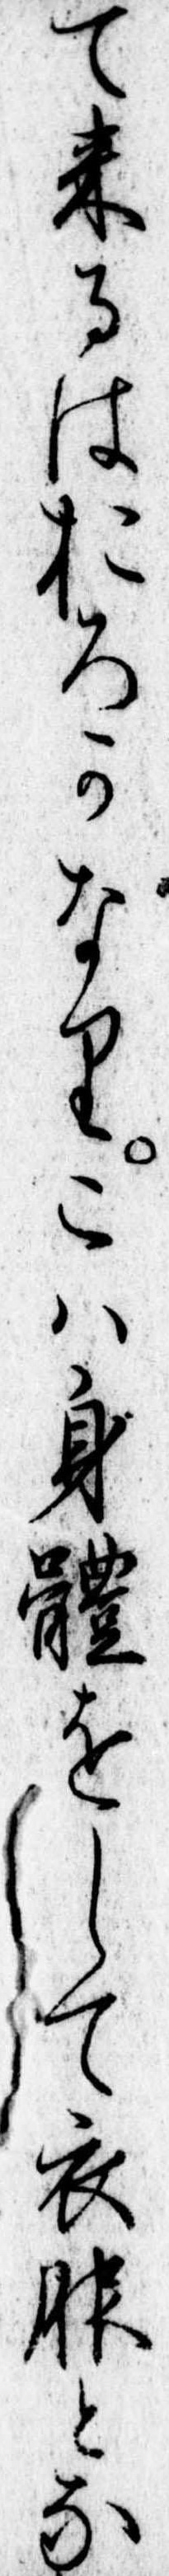
て来るはおろかなりこは身体をして衣服とな